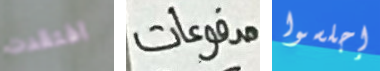
افتقدت مدفوعات إجلسوا